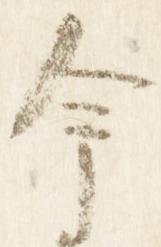
今